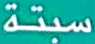
سبتة